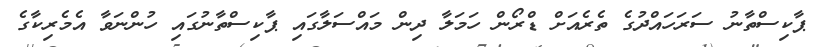
ޕާކިސްތާނު ސަރަހައްދުގެ ތެރެއަށް ޑްރޯން ހަމަލާ ދިން މައްސަލާގައި ޕާކިސްތާނުގައި ހުންނަވާ އެމެރިކާގެ